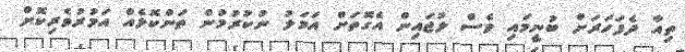
ތިއާ ދެފަހަރަށް ބުނީމައި ވެސް ލުޖައިން އެގޮތަށް އަމަލު ނުކުރުމުން ތަންކޮޅެއް އަމުރުވެރިކޮށް